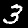
Label: 3